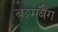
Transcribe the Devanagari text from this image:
बट्टमबैंग